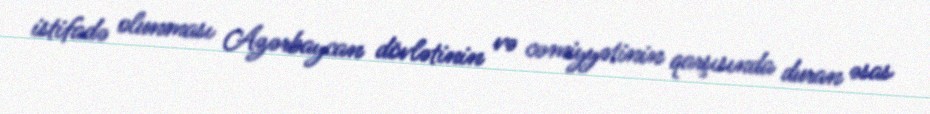
istifadə olunması Azərbaycan dövlətinin və cəmiyyətinin qarşısında duran əsas